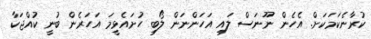
ކުރާނެކަމަކަށް. އެހެން ނޫނަސް ލައި އަހަންނަން ލޯބި ހުށައެޅީމަ އަހަރެން ބުނީ ކުއްޖަކާ